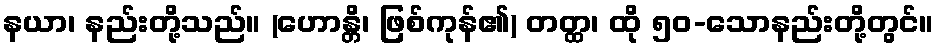
နယာ၊ နည်းတို့သည်။ (ဟောန္တိ၊ ဖြစ်ကုန်၏) တတ္ထ၊ ထို ၅၀-သောနည်းတို့တွင်။